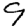
Digit: 9